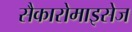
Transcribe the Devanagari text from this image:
सैकारोमाइसेज